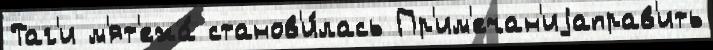
Таг'и м'ят'ежа́ станов'и́лась Пр'им'ечан'иjаправ'ить